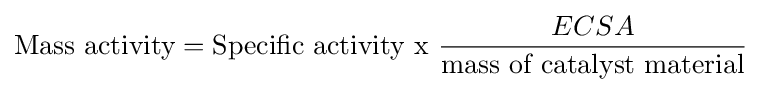
{\text{Mass activity}}={\text{Specific activity x }}{\frac {ECSA}{\text{mass of catalyst material}}}